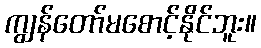
ကျွန်တော်မစောင့်နိုင်ဘူး။